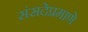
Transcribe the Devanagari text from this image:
संसदेप्रमाणे